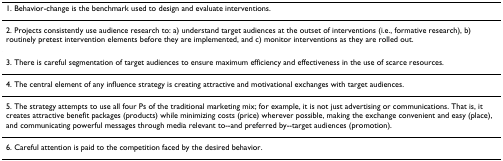
<table><thead><tr><td><b>1. Behavior-change is the benchmark used to design and evaluate interventions.</b></td></tr></thead><tbody><tr><td>2. Projects consistently use audience research to: a) understand target audiences at the outset of interventions (i.e., formative research), b) routinely pretest intervention elements before they are implemented, and c) monitor interventions as they are rolled out.</td></tr><tr><td>3. There is careful segmentation of target audiences to ensure maximum efficiency and effectiveness in the use of scarce resources.</td></tr><tr><td>4. The central element of any influence strategy is creating attractive and motivational exchanges with target audiences.</td></tr><tr><td>5. The strategy attempts to use all four Ps of the traditional marketing mix; for example, it is not just advertising or communications. That is, it creates attractive benefit packages (products) while minimizing costs (price) wherever possible, making the exchange convenient and easy (place), and communicating powerful messages through media relevant to--and preferred by--target audiences (promotion).</td></tr><tr><td>6. Careful attention is paid to the competition faced by the desired behavior.</td></tr></tbody></table>